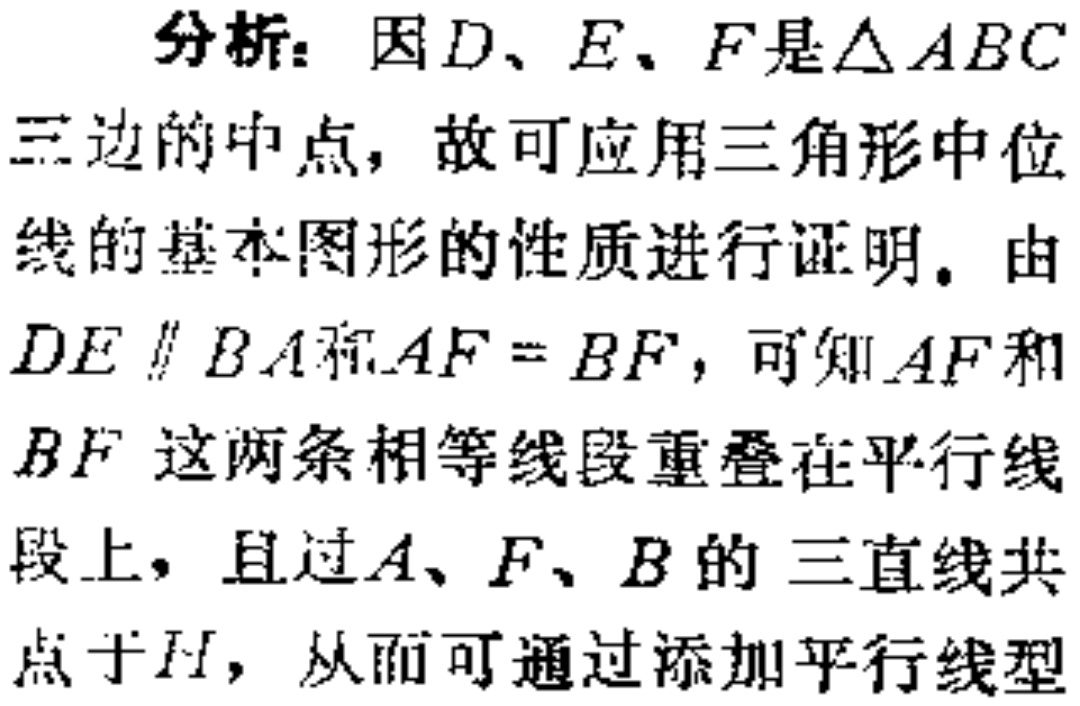
分析：因\(D、E、F\)是\(\triangle ABC\)三边的中点，故可应用三角形中位线的基本图形的性质进行证明。由\(DE \parallel BA\)和\(AF = BF\)，可知\(AF\)和\(BF\)这两条相等线段重叠在平行线段上，且过\(A、F、B\)的三直线共点于\(H\)，从而可通过添加平行线型